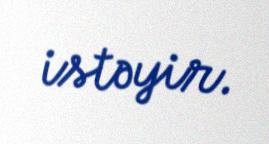
istəyir.